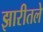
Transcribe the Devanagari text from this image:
झारीतले